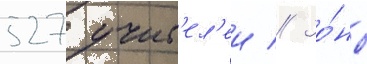
527 учит'ел'еи // Зо́ны